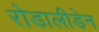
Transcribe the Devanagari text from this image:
रोडालीडेन